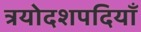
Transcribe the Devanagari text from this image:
त्रयोदशपदियाँ